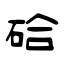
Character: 硆